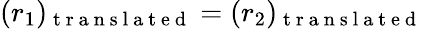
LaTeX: (r_{1})_{\mathrm{~t~r~a~n~s~l~a~t~e~d~}}=(r_{2})_{\mathrm{~t~r~a~n~s~l~a~t~e~d~}}